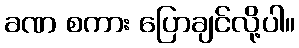
ခဏ စကား ပြောချင်လို့ပါ။